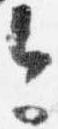
今